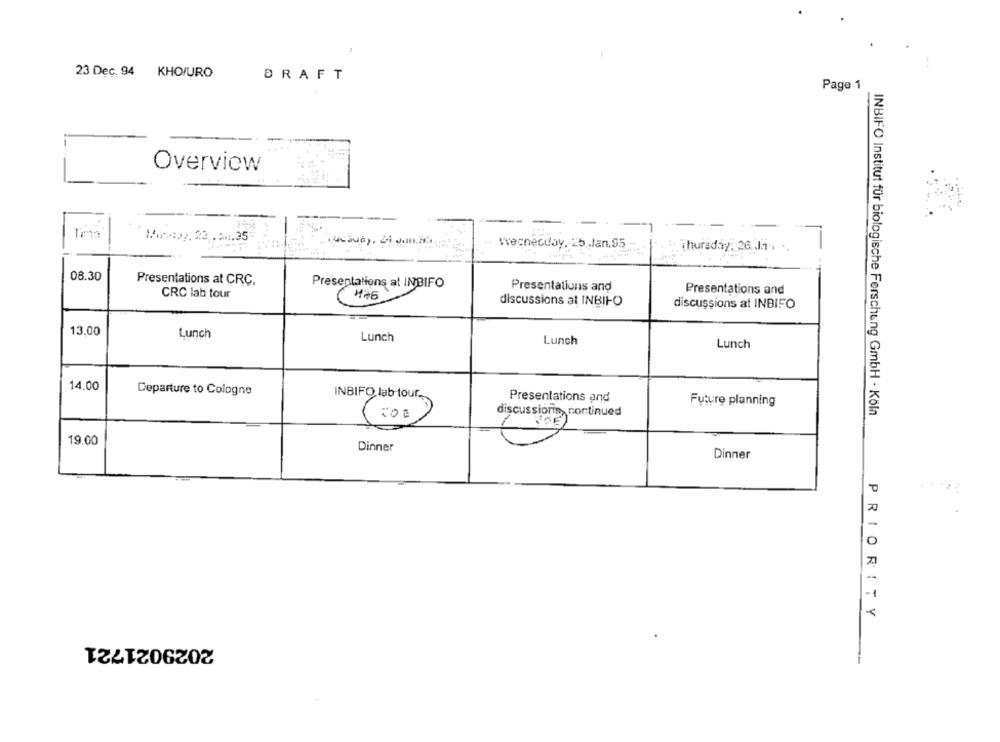
23 Dec. 94 KHO/URO
DRAFT
Page 1
Overview
Www:xy. 23 .. 5 ... 35
Wrecnesday, 25 .Jan.95
Thursday: 26.11. ..
08.30
Presentations at CRC.
Presentations at INBIFO
Presentations and
CRC lab tour
Presentations and
discussions al INBILO
discussions at INBIFO
13.00
Lunch
Lunch
Lunch
Lunch
14.00
Departure to Cologne
INBIFO lab tour.
Presentations and
Future planning
discussions, continued
INBIFO Institut für biologische Forschung GmbH · Köln
diesin ordine
19.00
Dinner
Dinner
0
20
PRIORITY
2029021721